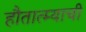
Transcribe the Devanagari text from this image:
हौतात्म्याची